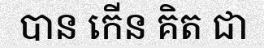
បាន កើន គិត ជា